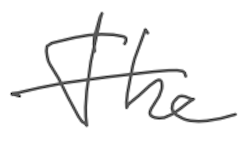
Text: The
Cross-out: single-line
Writing tool: digital_gray